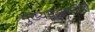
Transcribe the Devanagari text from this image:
मुख्यमंत्र्यांनीही